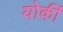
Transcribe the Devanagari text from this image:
योर्की